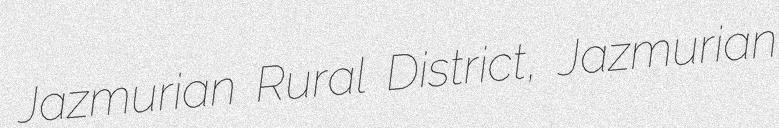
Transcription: Jazmurian Rural District, Jazmurian